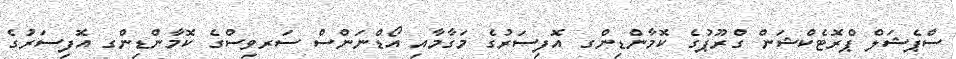
ސްޕެޝަލް ޕްރޮޓެކްޝަން ގްރޫޕުގެ ކޮމާންޑިންގ އޮފިސަރުގެ މަގާމާއި އޯޑްނަންސް ސަރވިސްގެ ކޮމާންޑިންގ އޮފިސަރުގެ